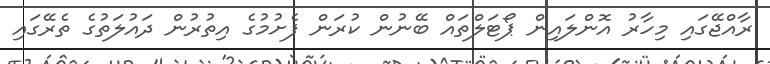
ރާއްޖޭގައި މިހާރު އޮންލައިން ޕޯޓަލްތައް ބޭނުން ކުރަން ފެށުމުގެ އިތުރުން ދައުލަތުގެ ތެރޭގައި